Annual administration report of the Civil Veterinary Department of India - 1905-1906
Year: 1905
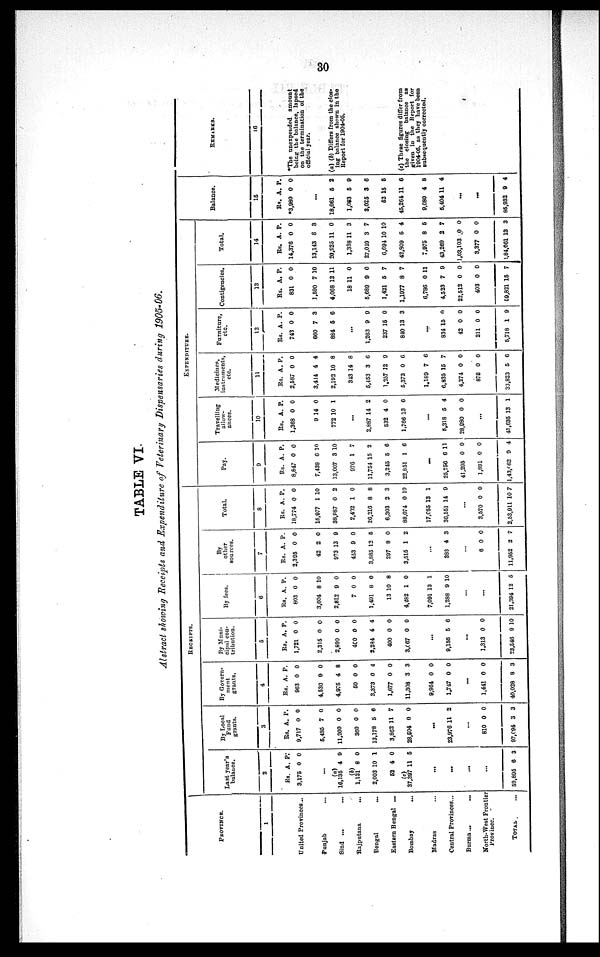
30
TABLE VI.
Abstract showing Receipts and Expenditure of Veterinary Dispensaries during 1905-06.
PROVINCE.
1
United Provinces...
Punjab ...
Sind ... ...
Rajputana ...
Bengal
...
Eastern Bengal ...
Bombay
...
Madras ...
Central Provinces...
Burma...
...
North-West Frontier
Province.
TOTAL ...
RECEIPTS.
Last year's
balance.
2
Rs.
3,175
...
10,135
(4)
1,131
2,003
52
(c)
37,397
59,895
A.
0
4
8
10
4
11
...
...
...
...
6
P.
0
9
0
1
0
5
3
By Local
Fund
grants.
3
Rs.
9,717
5,485
11,200
360
13.178
3,862
28,504
23,976
810
97,094
A.
0
7
0
0
5
11
0
...
11
...
0
3
P.
0
0
0
0
6
7
0
2
0
3
By Govern-
ment
grants.
4
Rs.
963
4,530
4,975
50
3,373
1,677
11,308
9,964
1,717
...
1,441
40,028
A.
0
0
4
0
0
0
3
0
0
0
8
P.
0
0
8
0
4
0
3
0
0
0
3
By Muni-
cipal con-
tribution.
5
Rs.
1,721
2,315
2,890
400
2,294
400
3,067
...
9,150
...
1,313
23,546
A.
0
0
0
0
4
0
0
...
5
0
9
P.
0
0
0
0
4
0
0
0
0
10
By fees.
6
Rs.
803
3,604
2,812
7
1,491
13
4,282
7,091
1,288
21,394
A.
0
8
9
0
8
10
1
13
9
...
...
12
P.
0
10
0
0
0
8
0
1
10
5
By
other
sources.
7
Rs.
2,305
42
973
453
3,883
297
3,515
...
388
6
11,952
A.
0
2
13
9
12
8
1
4
...
0
2
P.
0
0
9
0
5
0
2
3
0
7
Total.
8
Rs.
18,774
15,977
38,987
2,402
26,216
6,303
88,074
17,055
30,551
...
3,570
2,53,911
A.
0
1
0
1
8
2
0
13
14
0
10
P.
0
10
2
0
8
3
10
1
9
0
7
EXPENDITURE.
Pay.
9
Rs.
8,847
7,438
13,007
976
11,754
3,245
22,851
...
25,756
41,295
1,891
1,43,962
A.
0
6
3
1
15
5
1
6
0
0
9
P.
0
10
10
7
2
6
6
11
0
0
4
Travelling
allow-
ances.
10
Rs.
1,368
9
772
2,887
532
1,766
...
5,318
28,980
...
41,635
A.
0
14
10
...
14
4
13
5
0
13
P.
0
0
1
2
0
0
4
0
1
Medicines,
instruments,
etc.
11
Rs.
2,587
3.414
2,192
343
5,453
1,257
5,373
1,189
6,835
4,274
872
33,823
A.
0
4
10
14
3
12
0
7
15
0
0
5
P.
0
4
8
8
6
9
6
6
7
0
0
6
Furniture,
etc.
12
Rs.
743
660
884
1,263
237
840
...
834
42
211
5,718
A.
0
7
5
...
9
15
13
15
0
0
1
P.
0
3
6
0
0
3
0
0
0
9
Contigencies.
13
Rs.
831
1,590
4,068
18
5,689
1,421
1,1977
6,786
4,523
22,512
403
59,821
A.
0
7
12
11
9
5
8
0
7
0
0
15
P.
0
10
11
0
0
7
7
11
9
0
0
7
Total.
14
Rs.
14,376
13,143
20,825
1,338
27,049
6,694
42,809
7,975
43,269
1,03,103
3,377
2,84,061
A.
0
8
11
11
3
10
5
8
2
0
0
13
P.
0
3
0
3
7
10
4
5
7
0
0
3
Balance.
15
Rs.
*3,980
...
18,061
1,063
3,025
52
45,264
9,080
5,404
...
...
85,932
A.
0
5
5
3
15
11
4
11
9
P.
0
2
9
6
5
6
8
4
4
REMARKS.
16
*The unexpended amount
being the balance, lapsed
on the termination of the
official year.
(a) (b) Differs from the clos-
ing balance shown in the
Report for 1904-05.
(c) These figures differ from
the closing balance as
given in the Report for
1904-05, as they have been
subsequently corrected.